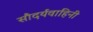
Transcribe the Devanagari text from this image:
सौदर्यवाहिनी